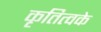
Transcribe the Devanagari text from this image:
कृतित्वके